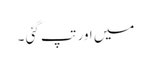
میں اور تپ گئی ۔